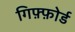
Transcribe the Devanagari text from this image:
गिफ़्फ़ोर्ड